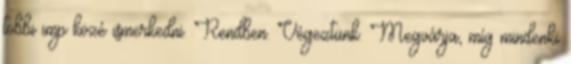
többi imp közé ismerkedni. Rendben. Végeztünk. Megvárja, míg mindenki